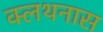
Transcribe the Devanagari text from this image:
क्लथनास